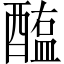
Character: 醢